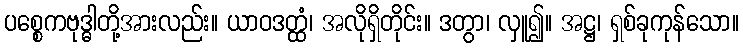
ပစ္စေကဗုဒ္ဓါတို့အားလည်း။ ယာဝဒတ္ထံ၊ အလိုရှိတိုင်း။ ဒတွာ၊ လှူ၍။ အဋ္ဌ၊ ရှစ်ခုကုန်သော။